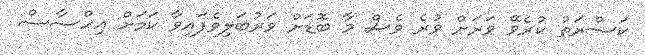
ކަސްރަތު ކުރެވޭ ވަރަށް ވުރެ ވެސް މާ ބޮޑަށް ވަރުބަލިވެފައިވާ ކަމަށް އިހްސާސް